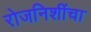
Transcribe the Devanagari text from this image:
रोजनिशींचा